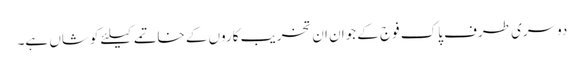
دوسری طرف پاک فوج کے جوان ان تخریب کاروں کے خاتمے کیلئے کوشاں ہے۔